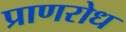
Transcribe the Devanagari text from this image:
प्राणरोध